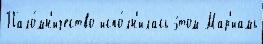
Пало́мн'ичество испо́лн'илась э́том Мар'иамь